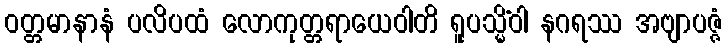
ဝတ္တမာနာနံ ပလိပထံ လောကုတ္တရာယေဝါတိ ရူပသ္မိံဝါ နဂရဿ အဗျာပဇ္ဇံ